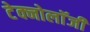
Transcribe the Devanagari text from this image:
टेक्नोलाॅजी